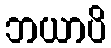
ဘယာပိ